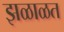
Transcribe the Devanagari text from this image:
झळाळत